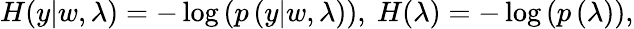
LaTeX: \begin{array}{r}{H(y|w,\lambda)=-\log\left(p\left(y|w,\lambda\right)\right),\ H(\lambda)=-\log\left(p\left(\lambda\right)\right),}\end{array}